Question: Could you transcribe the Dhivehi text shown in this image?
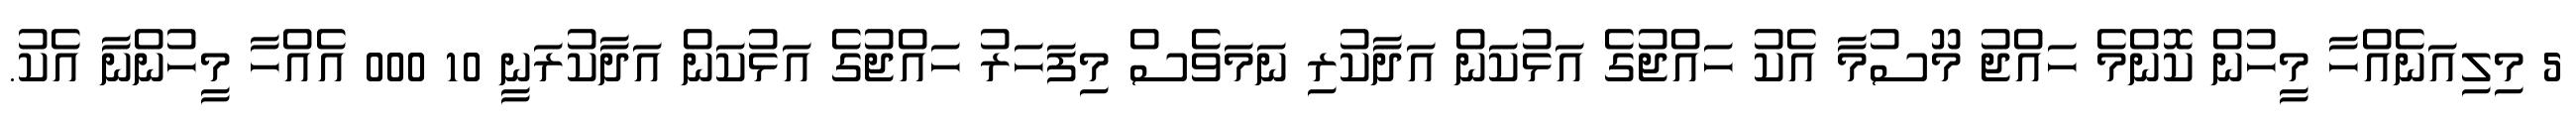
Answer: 5 މިލިއަނެއްހާ މީހުން ކޮންމެ ހައްޖު މޫސުމާ އެކު ހައްޖުގެ އަޅުކަން އަދާކުރި ނަމަވެސް މިފަހަރު ހައްޖުގެ އަޅުކަން އަދާކުރަނީ 10 000 އެއްހާ މީހުންނާ އެކު.